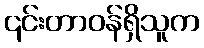
၎င်းတာဝန်ရှိသူက